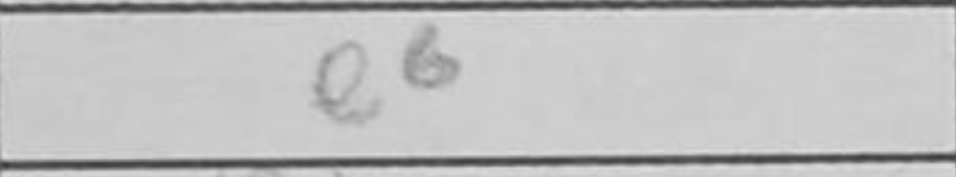
Transcription: e6